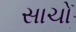
સાચો